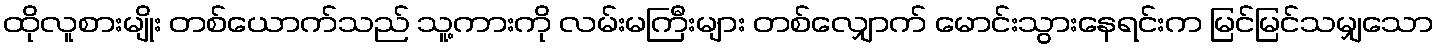
ထိုလူစားမျိုး တစ်ယောက်သည် သူ့ကားကို လမ်းမကြီးများ တစ်လျှောက် မောင်းသွားနေရင်းက မြင်မြင်သမျှသော